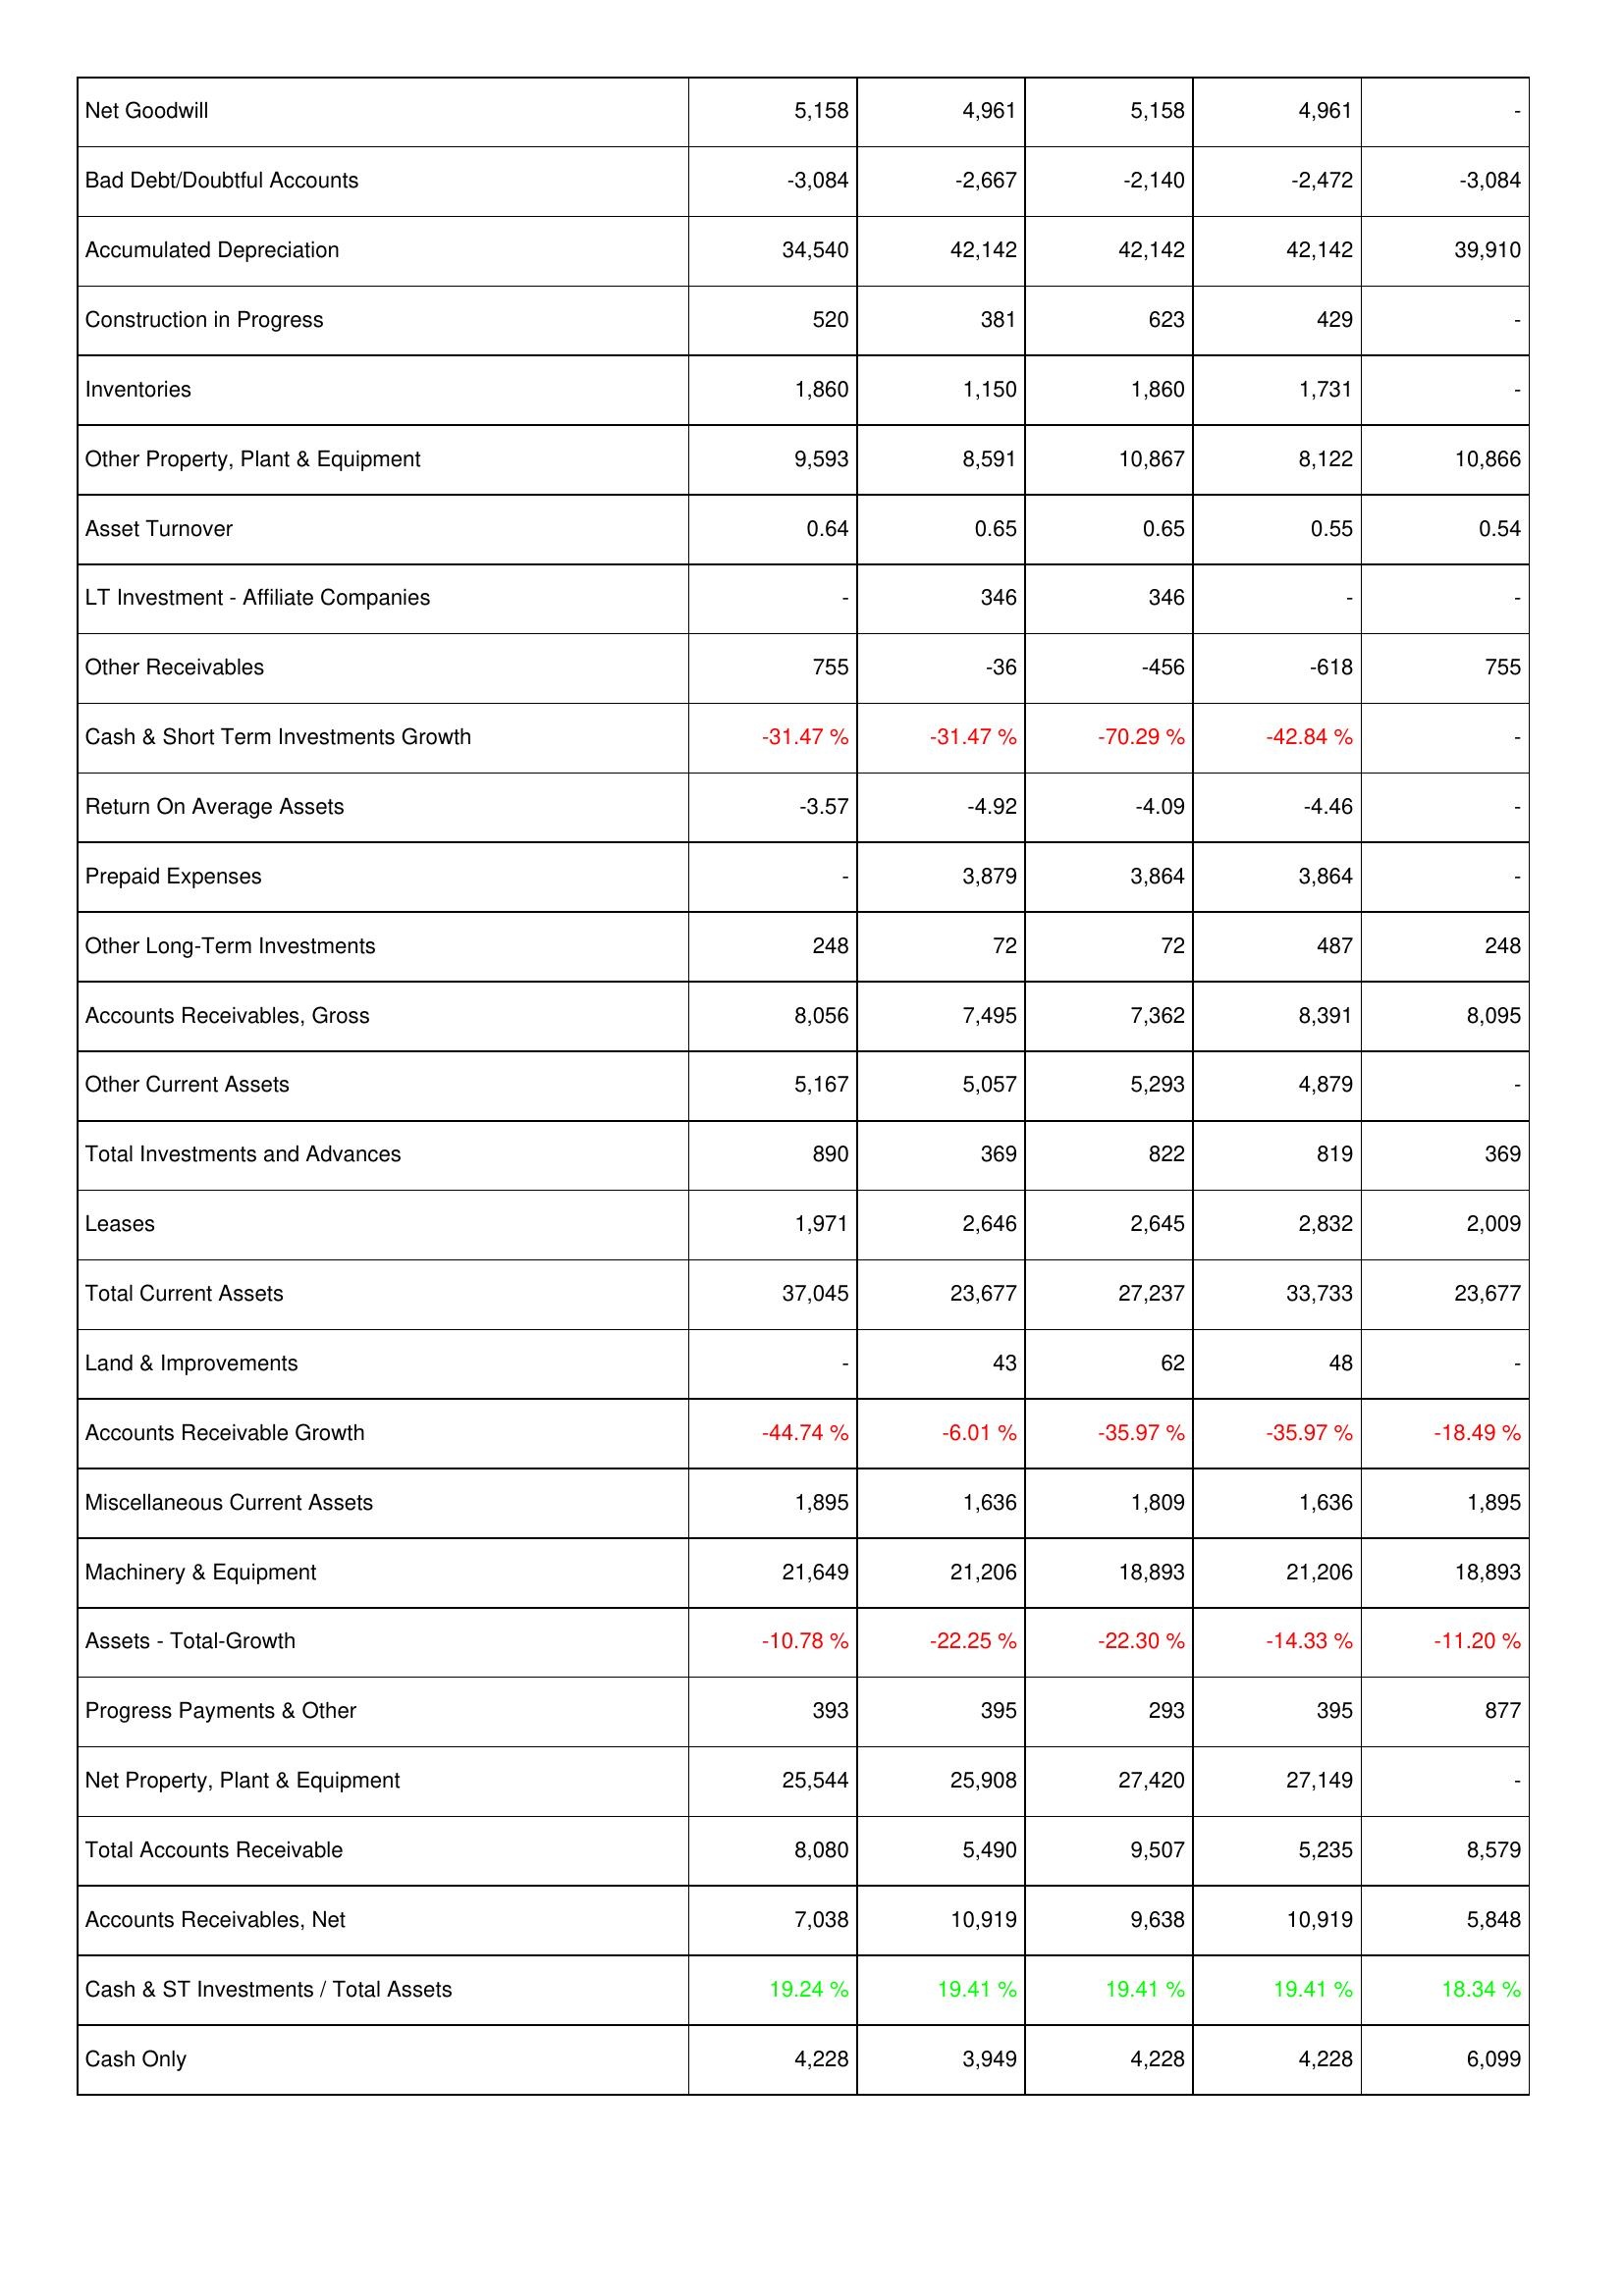
2018: Assets: Net Goodwill: 5,158
Bad Debt/Doubtful Accounts: -3,084
Accumulated Depreciation: 34,540
Construction in Progress: 520
Inventories: 1,860
Other Property, Plant & Equipment: 9,593
Asset Turnover: 0.64
LT Investment - Affiliate Companies: -
Other Receivables: 755
Cash & Short Term Investments Growth: -31.47 %
Return On Average Assets: -3.57
Prepaid Expenses: -
Other Long-Term Investments: 248
Accounts Receivables, Gross: 8,056
Other Current Assets: 5,167
Total Investments and Advances: 890
Leases: 1,971
Total Current Assets: 37,045
Land & Improvements: -
Accounts Receivable Growth: -44.74 %
Miscellaneous Current Assets: 1,895
Machinery & Equipment: 21,649
Assets - Total-Growth: -10.78 %
Progress Payments & Other: 393
Net Property, Plant & Equipment: 25,544
Total Accounts Receivable: 8,080
Accounts Receivables, Net: 7,038
Cash & ST Investments / Total Assets: 19.24 %
Cash Only: 4,228
2019: Assets: Net Goodwill: 4,961
Bad Debt/Doubtful Accounts: -2,667
Accumulated Depreciation: 42,142
Construction in Progress: 381
Inventories: 1,150
Other Property, Plant & Equipment: 8,591
Asset Turnover: 0.65
LT Investment - Affiliate Companies: 346
Other Receivables: -36
Cash & Short Term Investments Growth: -31.47 %
Return On Average Assets: -4.92
Prepaid Expenses: 3,879
Other Long-Term Investments: 72
Accounts Receivables, Gross: 7,495
Other Current Assets: 5,057
Total Investments and Advances: 369
Leases: 2,646
Total Current Assets: 23,677
Land & Improvements: 43
Accounts Receivable Growth: -6.01 %
Miscellaneous Current Assets: 1,636
Machinery & Equipment: 21,206
Assets - Total-Growth: -22.25 %
Progress Payments & Other: 395
Net Property, Plant & Equipment: 25,908
Total Accounts Receivable: 5,490
Accounts Receivables, Net: 10,919
Cash & ST Investments / Total Assets: 19.41 %
Cash Only: 3,949
2020: Assets: Net Goodwill: 5,158
Bad Debt/Doubtful Accounts: -2,140
Accumulated Depreciation: 42,142
Construction in Progress: 623
Inventories: 1,860
Other Property, Plant & Equipment: 10,867
Asset Turnover: 0.65
LT Investment - Affiliate Companies: 346
Other Receivables: -456
Cash & Short Term Investments Growth: -70.29 %
Return On Average Assets: -4.09
Prepaid Expenses: 3,864
Other Long-Term Investments: 72
Accounts Receivables, Gross: 7,362
Other Current Assets: 5,293
Total Investments and Advances: 822
Leases: 2,645
Total Current Assets: 27,237
Land & Improvements: 62
Accounts Receivable Growth: -35.97 %
Miscellaneous Current Assets: 1,809
Machinery & Equipment: 18,893
Assets - Total-Growth: -22.30 %
Progress Payments & Other: 293
Net Property, Plant & Equipment: 27,420
Total Accounts Receivable: 9,507
Accounts Receivables, Net: 9,638
Cash & ST Investments / Total Assets: 19.41 %
Cash Only: 4,228
2021: Assets: Net Goodwill: 4,961
Bad Debt/Doubtful Accounts: -2,472
Accumulated Depreciation: 42,142
Construction in Progress: 429
Inventories: 1,731
Other Property, Plant & Equipment: 8,122
Asset Turnover: 0.55
LT Investment - Affiliate Companies: -
Other Receivables: -618
Cash & Short Term Investments Growth: -42.84 %
Return On Average Assets: -4.46
Prepaid Expenses: 3,864
Other Long-Term Investments: 487
Accounts Receivables, Gross: 8,391
Other Current Assets: 4,879
Total Investments and Advances: 819
Leases: 2,832
Total Current Assets: 33,733
Land & Improvements: 48
Accounts Receivable Growth: -35.97 %
Miscellaneous Current Assets: 1,636
Machinery & Equipment: 21,206
Assets - Total-Growth: -14.33 %
Progress Payments & Other: 395
Net Property, Plant & Equipment: 27,149
Total Accounts Receivable: 5,235
Accounts Receivables, Net: 10,919
Cash & ST Investments / Total Assets: 19.41 %
Cash Only: 4,228
2022: Assets: Net Goodwill: -
Bad Debt/Doubtful Accounts: -3,084
Accumulated Depreciation: 39,910
Construction in Progress: -
Inventories: -
Other Property, Plant & Equipment: 10,866
Asset Turnover: 0.54
LT Investment - Affiliate Companies: -
Other Receivables: 755
Cash & Short Term Investments Growth: -
Return On Average Assets: -
Prepaid Expenses: -
Other Long-Term Investments: 248
Accounts Receivables, Gross: 8,095
Other Current Assets: -
Total Investments and Advances: 369
Leases: 2,009
Total Current Assets: 23,677
Land & Improvements: -
Accounts Receivable Growth: -18.49 %
Miscellaneous Current Assets: 1,895
Machinery & Equipment: 18,893
Assets - Total-Growth: -11.20 %
Progress Payments & Other: 877
Net Property, Plant & Equipment: -
Total Accounts Receivable: 8,579
Accounts Receivables, Net: 5,848
Cash & ST Investments / Total Assets: 18.34 %
Cash Only: 6,099